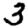
Digit: 3